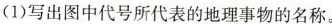
(1)写出图中代号所代表的地理事物的名称。